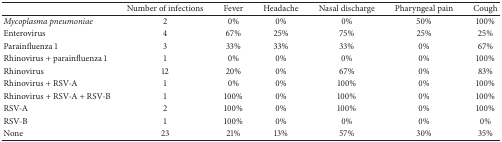
<table><thead><tr><td></td><td><b>Number of infections</b></td><td><b>Fever</b></td><td><b>Headache</b></td><td><b>Nasal discharge</b></td><td><b>Pharyngeal pain</b></td><td><b>Cough</b></td></tr></thead><tbody><tr><td><i>Mycoplasma pneumoniae </i></td><td>2</td><td>0%</td><td>0%</td><td>0%</td><td>50%</td><td>100%</td></tr><tr><td>Enterovirus</td><td>4</td><td>67%</td><td>25%</td><td>75%</td><td>25%</td><td>25%</td></tr><tr><td>Parainfluenza 1</td><td>3</td><td>33%</td><td>33%</td><td>33%</td><td>0%</td><td>67%</td></tr><tr><td>Rhinovirus + parainfluenza 1</td><td>1</td><td>0%</td><td>0%</td><td>0%</td><td>0%</td><td>100%</td></tr><tr><td>Rhinovirus</td><td>12</td><td>20%</td><td>0%</td><td>67%</td><td>0%</td><td>83%</td></tr><tr><td>Rhinovirus + RSV-A</td><td>1</td><td>0%</td><td>0%</td><td>100%</td><td>0%</td><td>100%</td></tr><tr><td>Rhinovirus + RSV-A + RSV-B</td><td>1</td><td>100%</td><td>0%</td><td>100%</td><td>0%</td><td>100%</td></tr><tr><td>RSV-A</td><td>2</td><td>100%</td><td>0%</td><td>100%</td><td>0%</td><td>100%</td></tr><tr><td>RSV-B</td><td>1</td><td>100%</td><td>0%</td><td>0%</td><td>0%</td><td>0%</td></tr><tr><td>None</td><td>23</td><td>21%</td><td>13%</td><td>57%</td><td>30%</td><td>35%</td></tr></tbody></table>